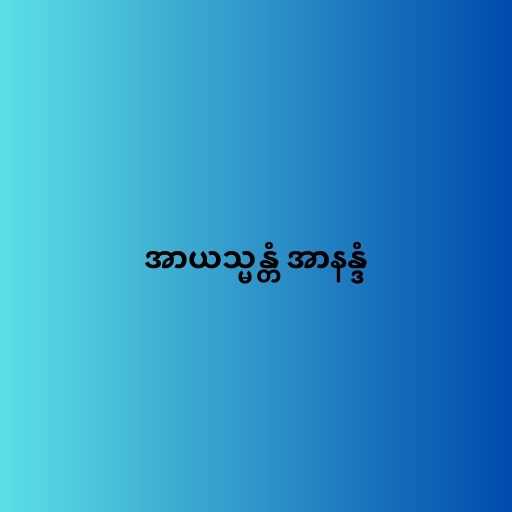
အာယသ္မန္တံ အာနန္ဒံ